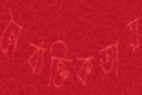
নৈর্ব্যক্তিকতায়